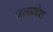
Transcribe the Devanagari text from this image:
जलप्रदेश